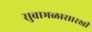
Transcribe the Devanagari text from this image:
सुबाभळासारखी